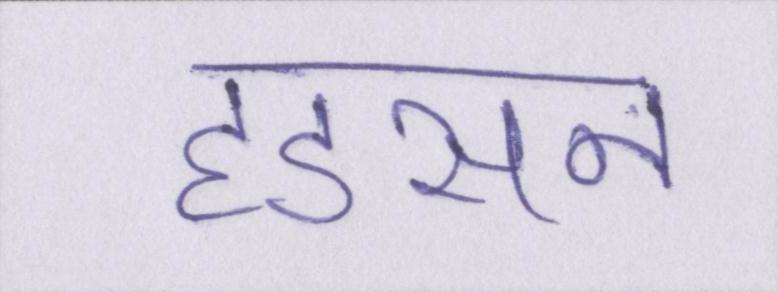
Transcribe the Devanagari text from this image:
हडसन